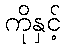
ကိုနှင့်